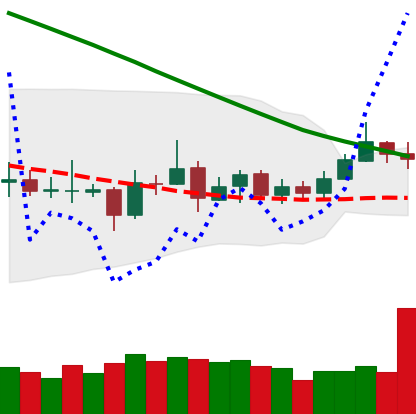
Ticker: ETC-USD
Chart end date: 2019-03-18
Forward return: 10.243%
Label: up_7plus